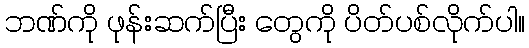
ဘဏ်ကို ဖုန်းဆက်ပြီး တွေကို ပိတ်ပစ်လိုက်ပါ။